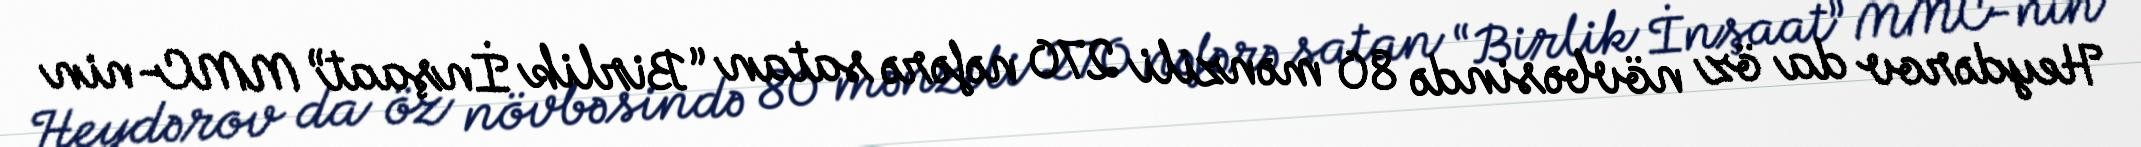
Heydərov da öz növbəsində 80 mənzili 270 nəfərə satan “Birlik İnşaat” MMC-nin